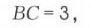
\(BC = 3\)，